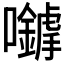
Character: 𡅈